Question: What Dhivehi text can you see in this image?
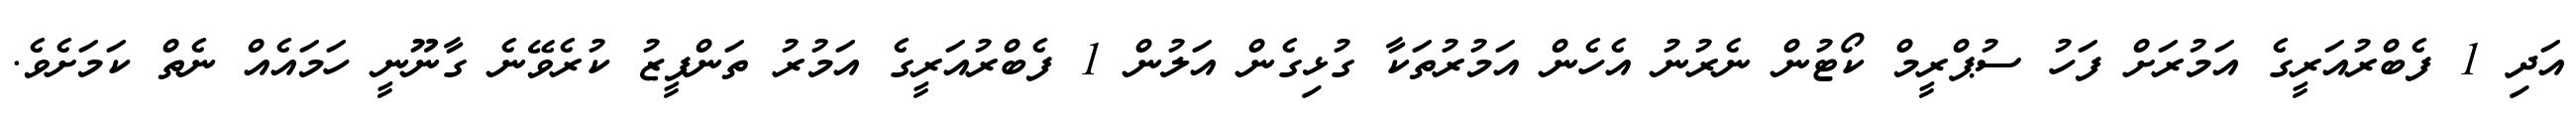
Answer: އަދި 1 ފެބްރުއަރީގެ އަމުރަށް ފަހު ސުޕްރީމް ކޯޓުން ނެރުނު އެހެން އަމުރުތަކާ ގުޅިގެން އަލުން 1 ފެބްރުއަރީގެ އަމުރު ތަންފީޒު ކުރެވޭނެ ގާނޫނީ ހަމައެއް ނެތް ކަމަށެވެ.